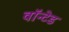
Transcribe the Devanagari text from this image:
वॉन्टेड